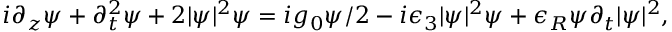
\begin{array} { r } { i \partial _ { z } \psi + \partial _ { t } ^ { 2 } \psi + 2 | \psi | ^ { 2 } \psi = i g _ { 0 } \psi / 2 - i \epsilon _ { 3 } | \psi | ^ { 2 } \psi + \epsilon _ { R } \psi \partial _ { t } | \psi | ^ { 2 } , } \end{array}